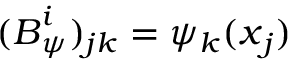
( { \boldsymbol { { B } } _ { \psi } ^ { i } } ) _ { j k } = { \psi _ { k } ( \boldsymbol { x } _ { j } ) }